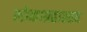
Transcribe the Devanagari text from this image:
लोकाग्रहास्तव